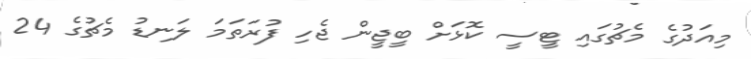
މިއަދުގެ މެޗުގައި ޓީސީ ކޮޅަށް ބީޖީން ޖެހި ފުރަތަމަ ލަނޑު މެޗުގެ 24